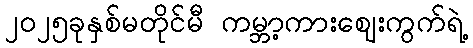
၂၀၂၅ခုနှစ်မတိုင်မီ ကမ္ဘာ့ကားဈေးကွက်ရဲ့